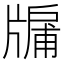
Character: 牖